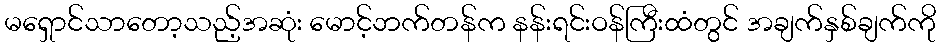
မရှောင်သာတော့သည့်အဆုံး မောင့်ဘက်တန်က နန်းရင်းဝန်ကြီးထံတွင် အချက်နှစ်ချက်ကို